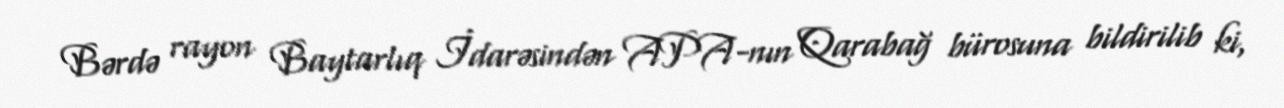
Bərdə rayon Baytarlıq İdarəsindən APA-nın Qarabağ bürosuna bildirilib ki,